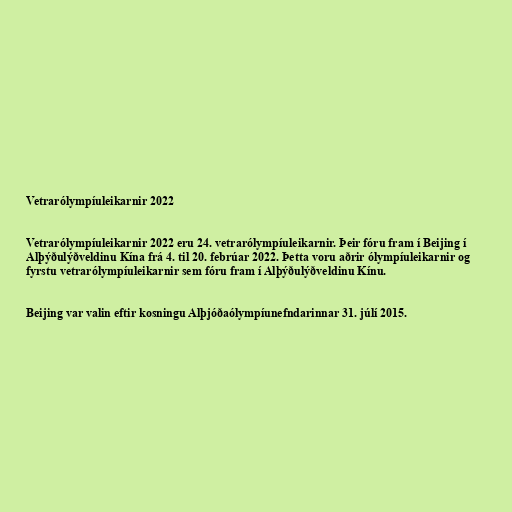
Vetrarólympíuleikarnir 2022

Vetrarólympíuleikarnir 2022 eru 24. vetrarólympíuleikarnir. Þeir fóru fram í Beijing í
Alþýðulýðveldinu Kína frá 4. til 20. febrúar 2022. Þetta voru aðrir ólympíuleikarnir og
fyrstu vetrarólympíuleikarnir sem fóru fram í Alþýðulýðveldinu Kínu.

Beijing var valin eftir kosningu Alþjóðaólympíunefndarinnar 31. júlí 2015.